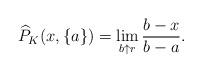
LaTeX: \begin{align*}\widehat P_K(x,\{a\})=\lim_{b\uparrow r}\frac{b-x}{b-a}.\end{align*}